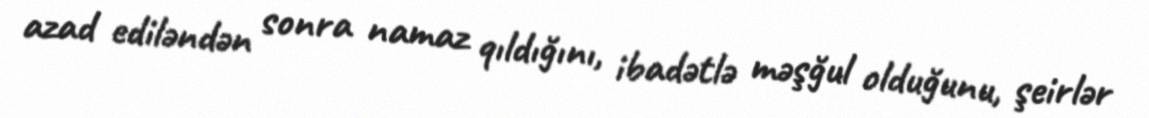
azad ediləndən sonra namaz qıldığını, ibadətlə məşğul olduğunu, şeirlər